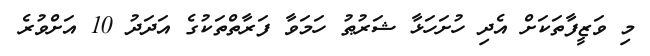
މި ވަޒީފާތަކަށް އެދި ހުށަހަޅާ ޝަރުޠު ހަމަވާ ފަރާތްތަކުގެ އަދަދު 10 އަށްވުރެ